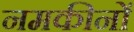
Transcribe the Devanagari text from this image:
नमकीनों